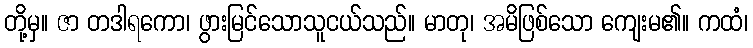
တို့မှ။ ဇာ တဒါရကော၊ ဖွားမြင်သောသူငယ်သည်။ မာတု၊ အမိဖြစ်သော ကျေးမ၏။ ကထံ၊